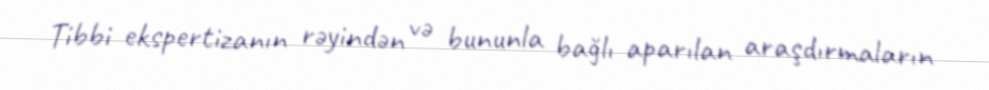
Tibbi ekspertizanın rəyindən və bununla bağlı aparılan araşdırmaların